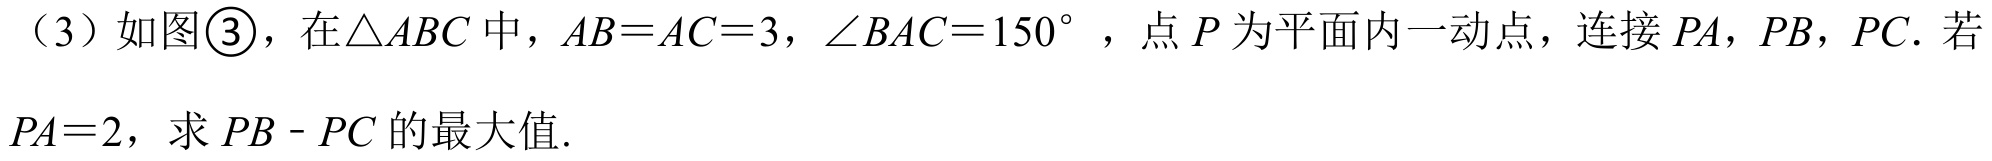
（3）如图\textcircled{3}，在\(\triangle ABC\)中，\(AB = AC = 3\)，\(\angle BAC = 150^{\circ}\)，点\(P\)为平面内一动点，连接\(PA\)，\(PB\)，\(PC\). 若\(PA = 2\)，求\(PB - PC\)的最大值.